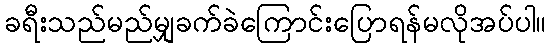
ခရီးသည်မည်မျှခက်ခဲကြောင်းပြောရန်မလိုအပ်ပါ။